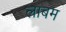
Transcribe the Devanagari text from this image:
लाबम